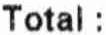
TOTAL :